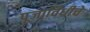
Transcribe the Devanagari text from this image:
पूजाविधीचे